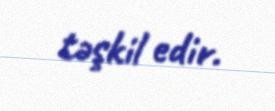
təşkil edir.